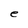
Character: e